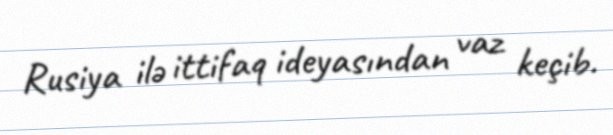
Rusiya ilə ittifaq ideyasından vaz keçib.